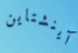
آينشتاين